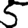
Digit: 5